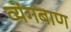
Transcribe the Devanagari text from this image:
व्यंगबाण